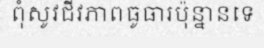
ពុំសូវជីវភាពធូធារប៉ុន្នានទេ